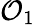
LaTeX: \mathcal{O}_{1}